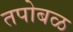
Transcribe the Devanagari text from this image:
तपोबळ